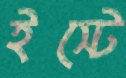
ইস্টে